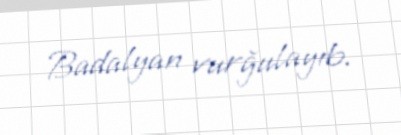
Badalyan vurğulayıb.